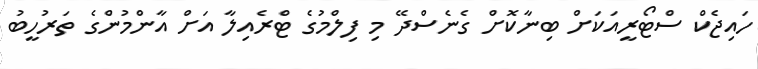
ހައިޖެކް ސްޓޯރީއަކަށް ބިނާކޮށް ގެނެސްދޭ މި ފިލްމުގެ ޓްރެއިލާ އަށް އާންމުންގެ ތަރުހީބު